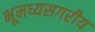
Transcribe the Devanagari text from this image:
भूमध्यसगरीय